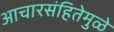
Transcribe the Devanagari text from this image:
आचारसंहितेमुळे